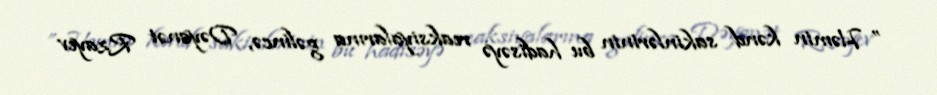
” Həmin kənd sakinlərinin bu hadisəyə reaksiyalarına gəlincə, Dəyanət Rzayev